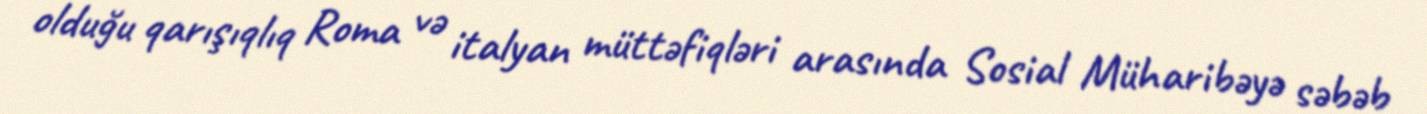
olduğu qarışıqlıq Roma və italyan müttəfiqləri arasında Sosial Müharibəyə səbəb